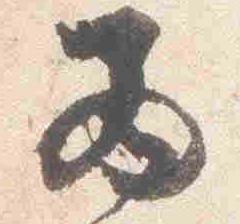
西